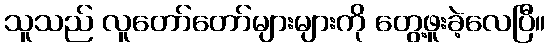
သူသည် လူတော်တော်များများကို တွေ့ဖူးခဲ့လေပြီ။